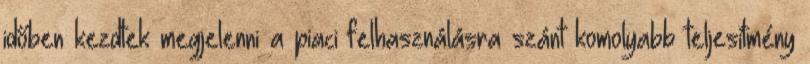
időben kezdtek megjelenni a piaci felhasználásra szánt komolyabb teljesítmény